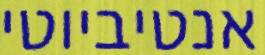
אנטיביוטי